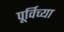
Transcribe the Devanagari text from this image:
पूर्विच्या